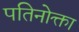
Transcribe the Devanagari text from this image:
पतिनोक्ता